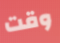
وقت